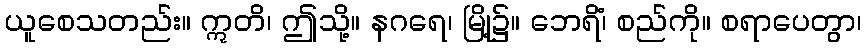
ယူစေသတည်း။ ဣတိ၊ ဤသို့။ နဂရေ၊ မြို့၌။ ဘေရိံ၊ စည်ကို။ စရာပေတွာ၊